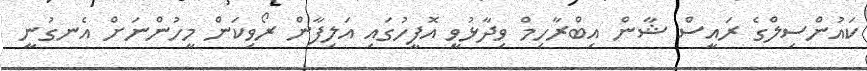
ކައުންސިލްގެ ރައީސް ޝާން އިބްރާހިމް ވިދާޅުވީ އޮފީހުގައި އަލިފާން ރޯވިކަން މީހުންނަށް އެނގުނީ